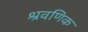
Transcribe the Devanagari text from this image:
श्रवणिक